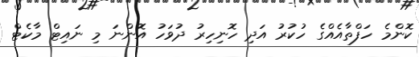
ކޮންމެ ހަފްތާއެއްގެ ހުކުރު އަދި ހޮނިހިރު ދުވަހު އޮންނަ މި ނައިޓް މާކެޓް